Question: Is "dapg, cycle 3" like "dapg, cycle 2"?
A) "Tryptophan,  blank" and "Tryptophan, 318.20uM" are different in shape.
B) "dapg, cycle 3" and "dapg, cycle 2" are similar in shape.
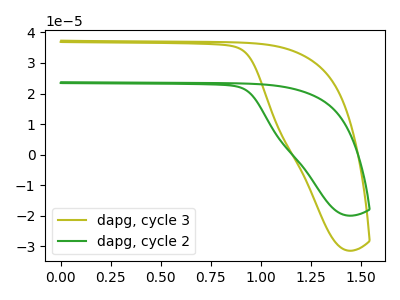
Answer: <think>The olive curve "dapg, cycle 3" has no peaks. The green curve "dapg, cycle 2" has no peaks.
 Neither "dapg, cycle 3" or "dapg, cycle 2" have any peaks.</think>
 <answer>B) "dapg, cycle 3" and "dapg, cycle 2" are similar in shape.</answer>
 <eval>B</eval>